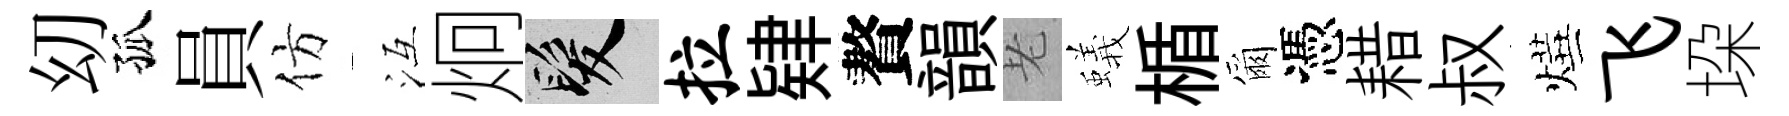
㓜孤員仿冱炯髮拉肄贅韻老蟻楯爾憑耤叔燁飞垜